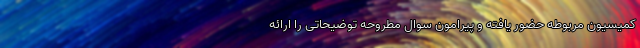
کمیسیون مربوطه حضور یافته و پیرامون سوال مطروحه توضیحاتی را ارائه